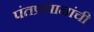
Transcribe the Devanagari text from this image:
पंतप्रधानांची